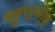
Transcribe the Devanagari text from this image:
बहुपत्‍नीक